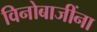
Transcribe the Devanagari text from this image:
विनोबाजींना